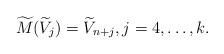
LaTeX: \begin{align*} \widetilde M(\widetilde V_j)=\widetilde V_{n+j},j=4,\dots,k.\end{align*}